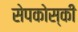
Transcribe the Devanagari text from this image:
सेपकोस्की